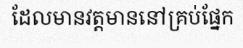
ដែលមានវត្តមាននៅគ្រប់ផ្នែក